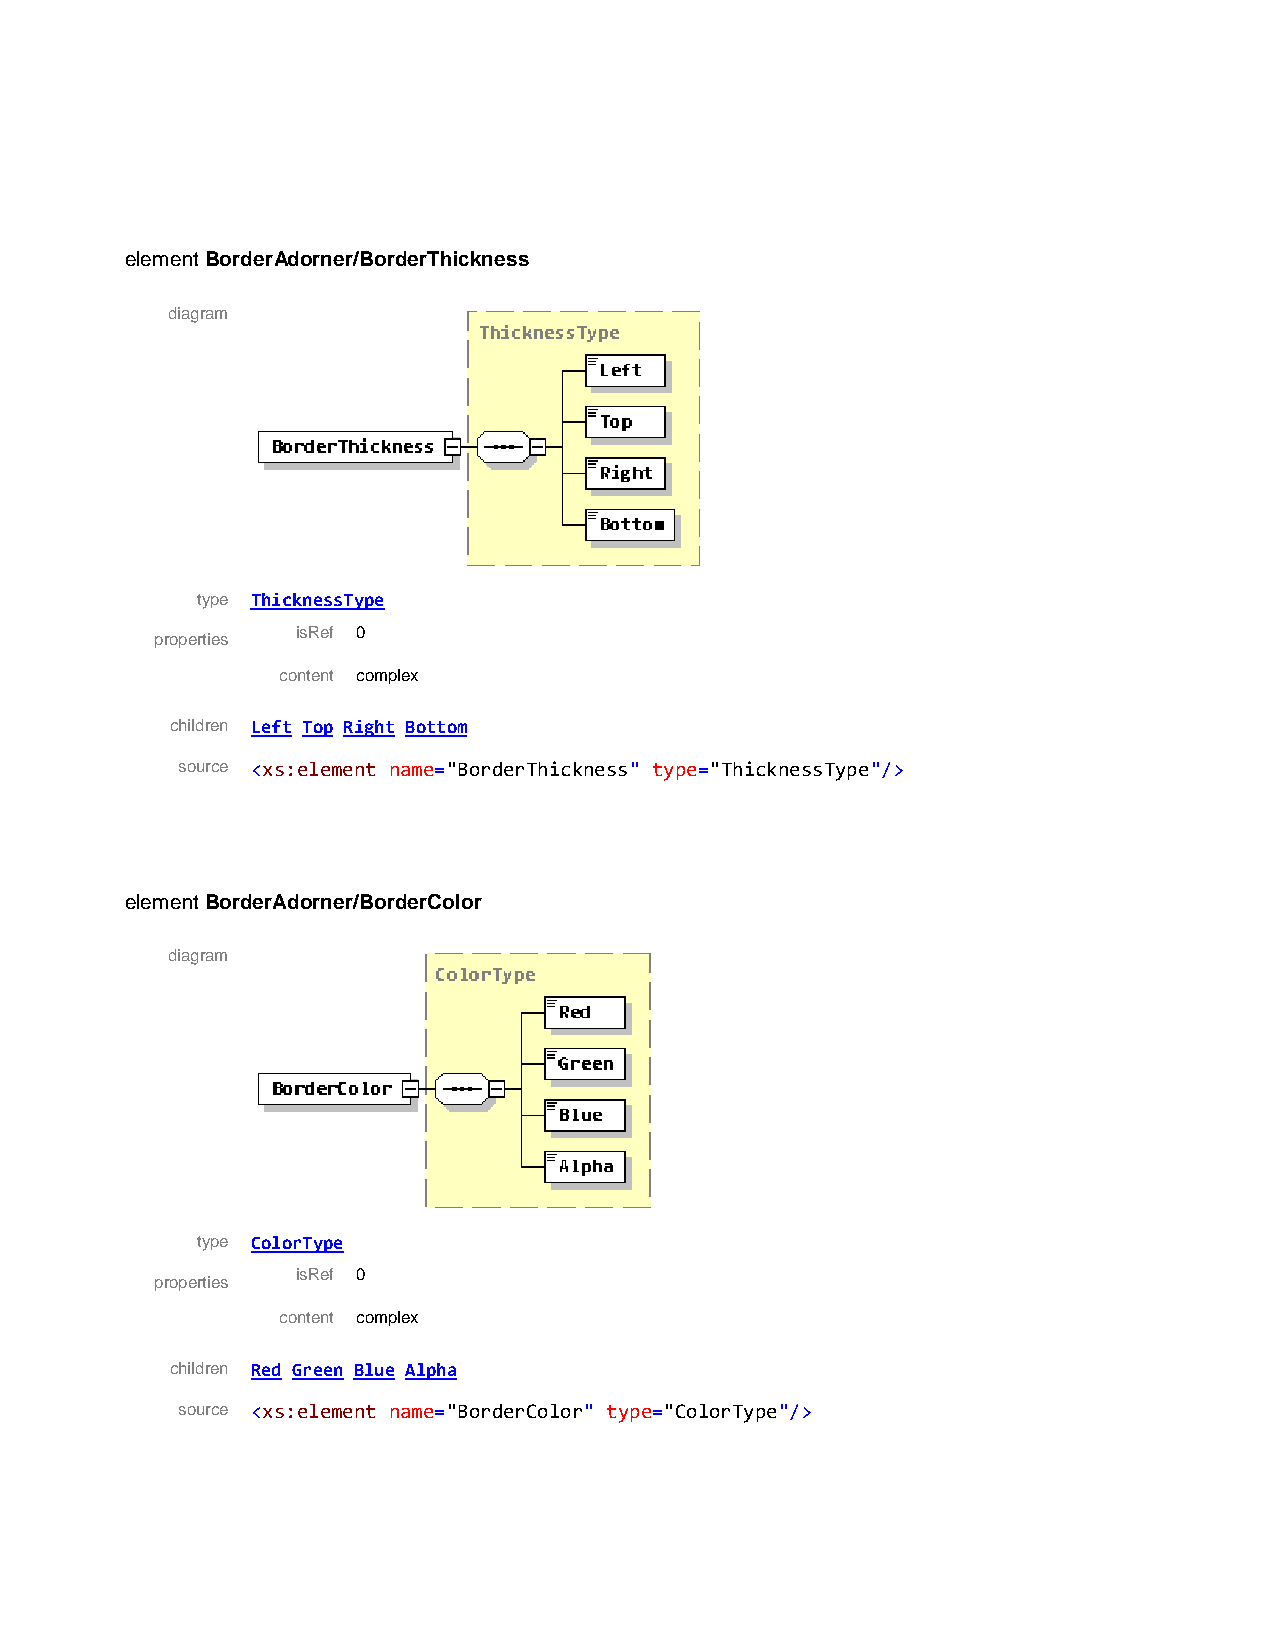
element BorderAdorner/BorderThickness
 diagram
 type ThicknessType
 isRef 0
 properties
 content complex
 children Left Top Right Bottom
 source <xs:element name="BorderThickness" type="ThicknessType"/>
 element BorderAdorner/BorderColor
 diagram
 type ColorType
 isRef 0
 properties
 content complex
 children Red Green Blue Alpha
 source <xs:element name="BorderColor" type="ColorType"/>